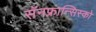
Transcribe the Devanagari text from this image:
सॅनफ्रान्सिस्को